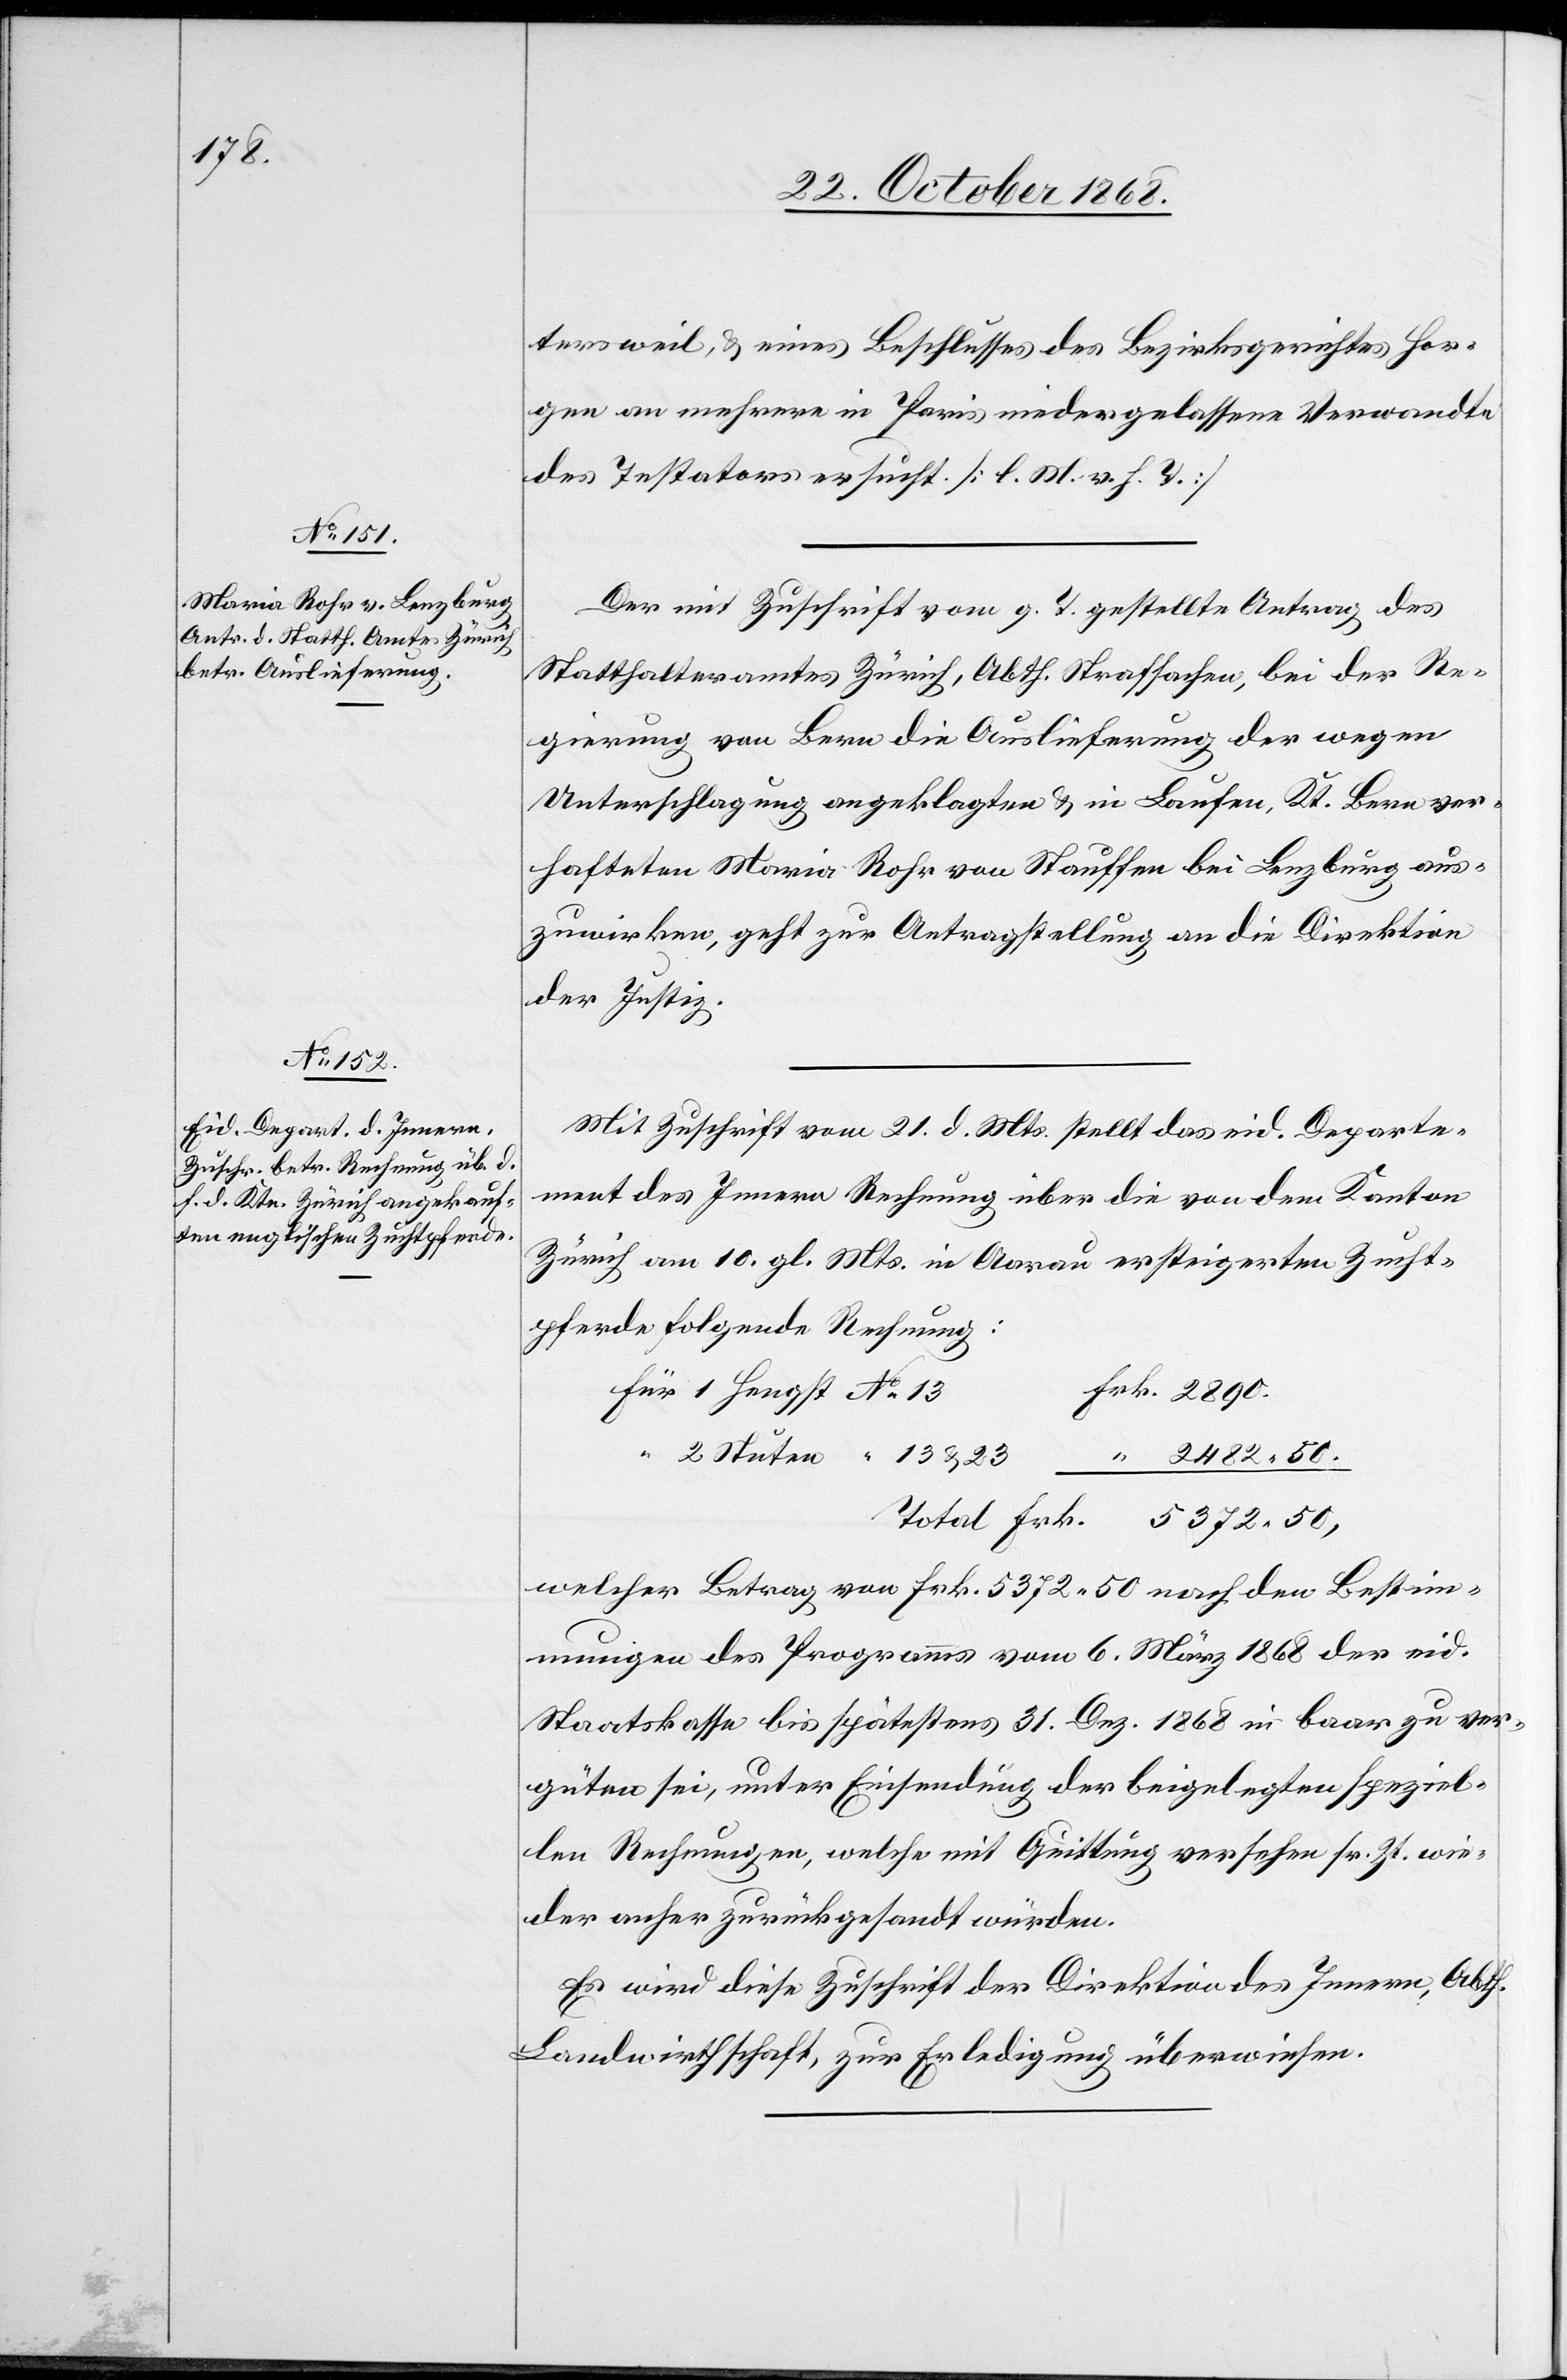
22. October 1868.]
tersweil, & eines Beschlusses des Bezirksgerichtes Hor¬
gen an mehrere in Paris niedergelassene Verwandte
des Testators ersucht. [l. M. v. h. T.]
Der mit Zuschrift vom g. T. gestellte Antrag des
Statthalteramtes Zürich, Abth. Strafsachen, bei der Re¬
gierung von Bern die Auslieferung der wegen
Unterschlagung angeklagten & in Laufen, Kt. Bern ver¬
hafteten Maria Rohr von Stauffen bei Lenzburg aus¬
zuwirken, geht zur Antragstellung an die Direktion
der Justiz.
Mit Zuschrift vom 21. d. Mts. stellt das eid. Departe¬
ment des Innern Rechnung über die von dem Kanton
Zürich am 10. gl. Mts. in Aarau ersteigerten Zucht¬
pferde folgende Rechnung
Frk. 5372.50,
Für 1 Hengst No 13
“ 2 Stuten “ 13 & 23
“ 2482.50.
welcher Betrag von Frk. 5372.50 nach den Bestim¬
mungen des Programms vom 6. März 1868 der eid.
Staatskasse bis spätestens 31. Dez. 1868 in baar zu ver¬
güten sei, unter Einsendung der beigelegten speziel¬
len Rechnungen, welche mit Quittung versehen sr. Zt. wie¬
der anher zurückgesandt würden.
Es wird diese Zuschrift der Direktion des Innern, Abth.
Landwirthschaft, zur Erledigung überwiesen.